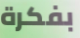
بفكرة